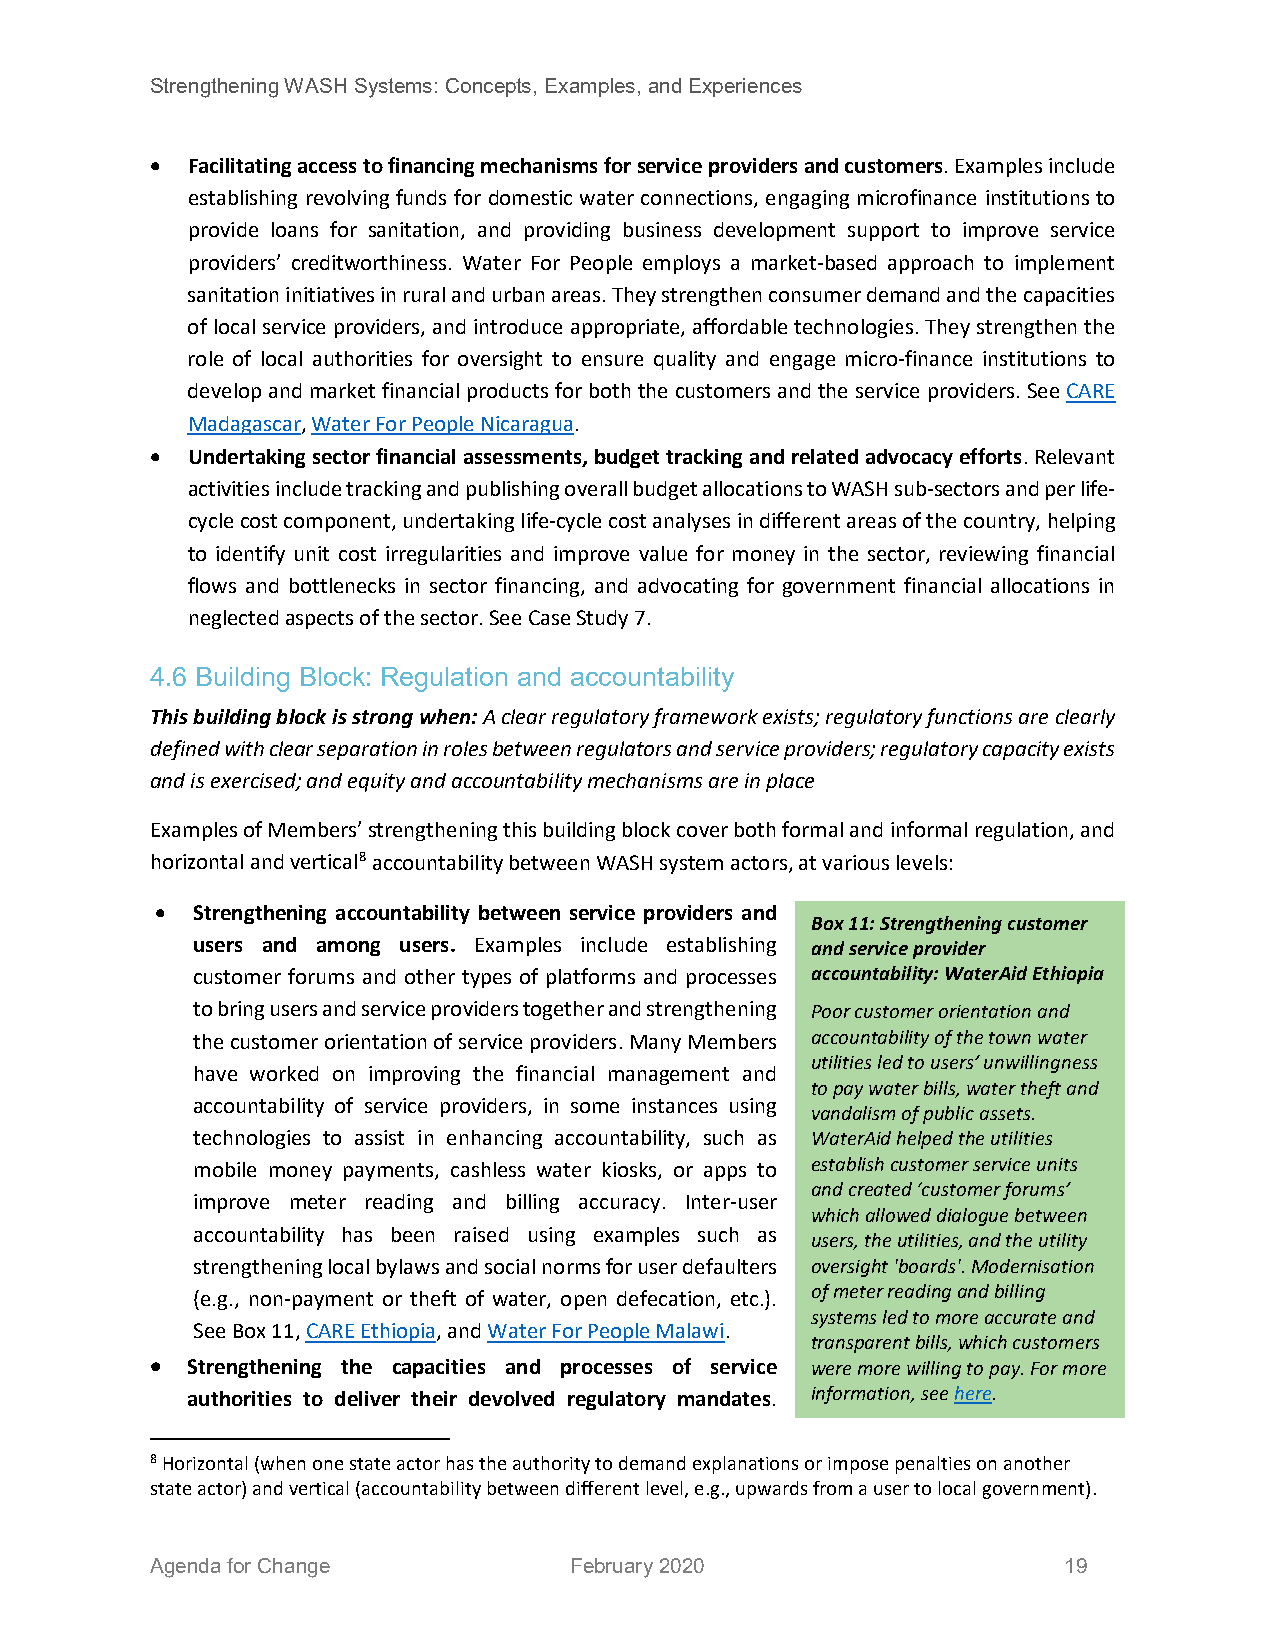
Strengthening WASH Systems: Concepts, Examples, and Experiences
 • Facilitating access to financing mechanisms for service providers and customers. Examples include
 establishing revolving funds for domestic water connections, engaging microfinance institutions to
 provide loans for sanitation, and providing business development support to improve service
 providers’ creditworthiness. Water For People employs a market-based approach to implement
 sanitation initiatives in rural and urban areas. They strengthen consumer demand and the capacities
 of local service providers, and introduce appropriate, affordable technologies. They strengthen the
 role of local authorities for oversight to ensure quality and engage micro-finance institutions to
 develop and market financial products for both the customers and the service providers. See CARE
 Madagascar, Water For People Nicaragua.
 • Undertaking sector financial assessments, budget tracking and related advocacy efforts. Relevant
 activities include tracking and publishing overall budget allocations to WASH sub-sectors and per life-
 cycle cost component, undertaking life-cycle cost analyses in different areas of the country, helping
 to identify unit cost irregularities and improve value for money in the sector, reviewing financial
 flows and bottlenecks in sector financing, and advocating for government financial allocations in
 neglected aspects of the sector. See Case Study 7.
 4.6 Building Block: Regulation and accountability
 This building block is strong when: A clear regulatory framework exists; regulatory functions are clearly
 defined with clear separation in roles between regulators and service providers; regulatory capacity exists
 and is exercised; and equity and accountability mechanisms are in place
 Examples of Members’ strengthening this building block cover both formal and informal regulation, and
 horizontal and vertical8 accountability between WASH system actors, at various levels:
 •  Strengthening accountability between service providers and
 Box 11: Strengthening customer
 users and among users. Examples include establishing and service provider
 customer forums and other types of platforms and processes accountability: WaterAid Ethiopia
 to bring users and service providers together and strengthening Poor customer orientation and
 the customer orientation of service providers. Many Members accountability of the town water
 utilities led to users’ unwillingness
 have worked on improving the financial management and
 to pay water bills, water theft and
 accountability of service providers, in some instances using
 vandalism of public assets.
 technologies to assist in enhancing accountability, such as WaterAid helped the utilities
 mobile money payments, cashless water kiosks, or apps to establish customer service units
 and created ‘customer forums’
 improve meter reading and billing accuracy. Inter-user
 which allowed dialogue between
 accountability has been raised using examples such as
 users, the utilities, and the utility
 strengthening local bylaws and social norms for user defaulters oversight 'boards'. Modernisation
 of meter reading and billing
 (e.g., non-payment or theft of water, open defecation, etc.).
 systems led to more accurate and
 See Box 11, CARE Ethiopia, and Water For People Malawi.
 transparent bills, which customers
 • Strengthening the capacities and processes of service were more willing to pay. For more
 authorities to deliver their devolved regulatory mandates. information, see here.
 8 Horizontal (when one state actor has the authority to demand explanations or impose penalties on another
 state actor) and vertical (accountability between different level, e.g., upwards from a user to local government).
 Agenda for Change           February 2020                   19